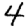
Digit: 4